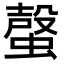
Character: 𧏌